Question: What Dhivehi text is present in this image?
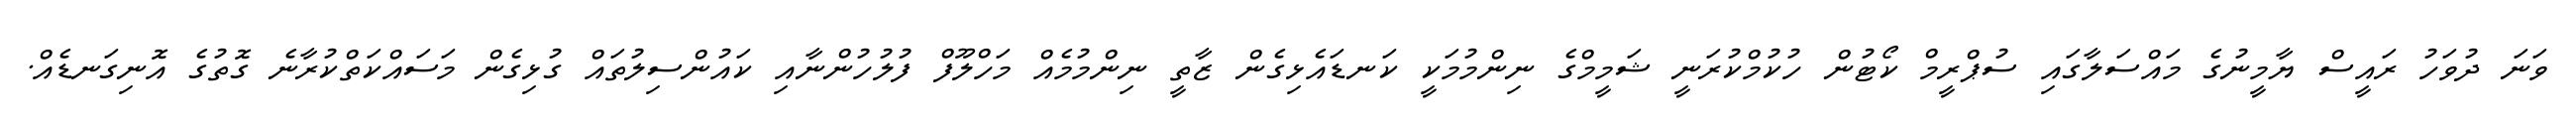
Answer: ވަނަ ދުވަހު ރައީސް ޔާމީނުގެ މައްސަލާގައި ސުޕްރީމް ކޯޓުން ހުކުމްކުރަނީ ޝަމީމްގެ ނިންމުމަކީ ކަނޑައެޅިގެން ޒާތީ ނިންމުމެއް މަހްލޫފް ފުލުހުންނާއި ކައުންސިލުތައް ގުޅިގެން މަސައްކަތްކުރާނެ ގޮތުގެ އޮނިގަނޑެއް.